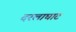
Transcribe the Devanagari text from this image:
दरलाघाट